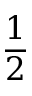
\frac { 1 } { 2 }